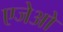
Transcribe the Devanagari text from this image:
एजेओ